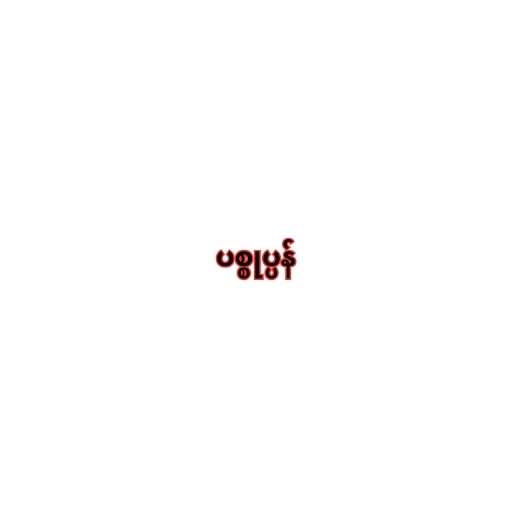
ပစ္စုပ္ပန်